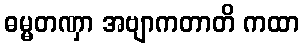
ဓမ္မတဏှာ အဗျာကတာတိ ကထာ